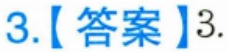
3.【答案】3.